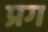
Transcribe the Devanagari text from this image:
प्रग